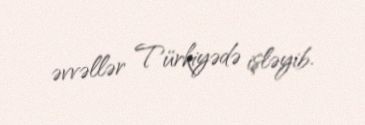
əvvəllər Türkiyədə işləyib.